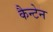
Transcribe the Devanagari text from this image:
कैन्टेन